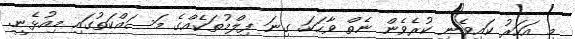
މި އަހަރު ކައިވެނި ކުރެވެން ނެތް ވާހަކަ. ގިނަ ފިލްމުތަކެއްގެ މަސައްކަތުގައި މިއުޅެނީ.